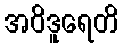
အဝိဒူရေတိ